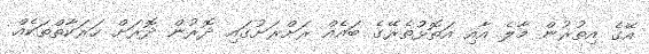
އޭގެ އިތުރުން މާލެ އާއި އަތޮޅުތެރޭގެ ބައެއް ރަށްރަށުގައި ދޮރުން ދޮރަށް ހަރަކާތްތަކެއް